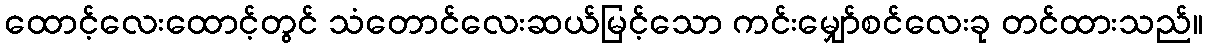
ထောင့်လေးထောင့်တွင် သံတောင်လေးဆယ်မြင့်သော ကင်းမျှော်စင်လေးခု တင်ထားသည်။